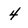
Character: 4